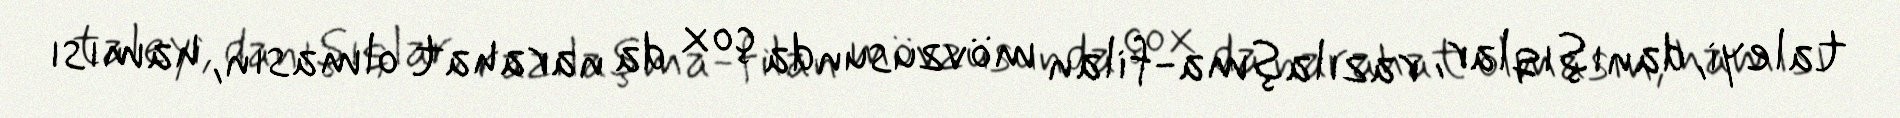
taleyi, danışıqlar, razılaşma-filan mövzusunda çox da narahat olmasın, hamısı